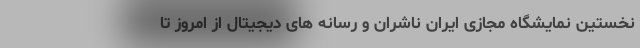
نخستین نمایشگاه مجازی ایران ناشران و رسانه های دیجیتال از امروز تا